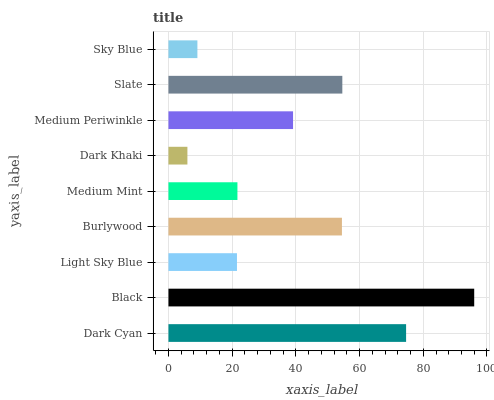
| yaxis_label | bars |
 | --- | --- |
 | Dark Cyan | 74.6 |
 | Black | 96 |
 | Light Sky Blue | 21.5 |
 | Burlywood | 54.5 |
 | Medium Mint | 21.7 |
 | Dark Khaki | 5.95 |
 | Medium Periwinkle | 39.1 |
 | Slate | 54.6 |
 | Sky Blue | 9.09 |